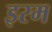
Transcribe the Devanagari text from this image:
इरम